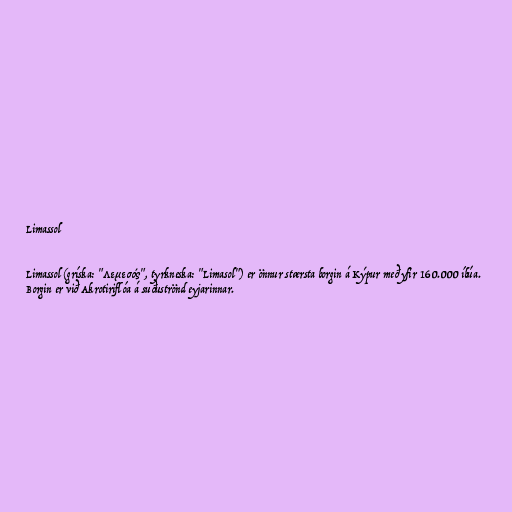
Limassol

Limassol (gríska: "Λεμεσός", tyrkneska: "Limasol") er önnur stærsta borgin á Kýpur með yfir 160.000 íbúa.
Borgin er við Akrotiriflóa á suðuströnd eyjarinnar.